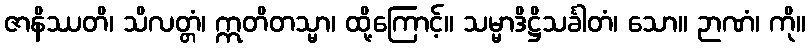
ဇာနိဿတိ၊ သိလတ္တံ၊ ဣတိတသ္မာ၊ ထို့ကြောင့်။ သမ္မာဒိဋ္ဌိသင်္ခါတံ၊ သော။ ဉာဏံ၊ ကို။